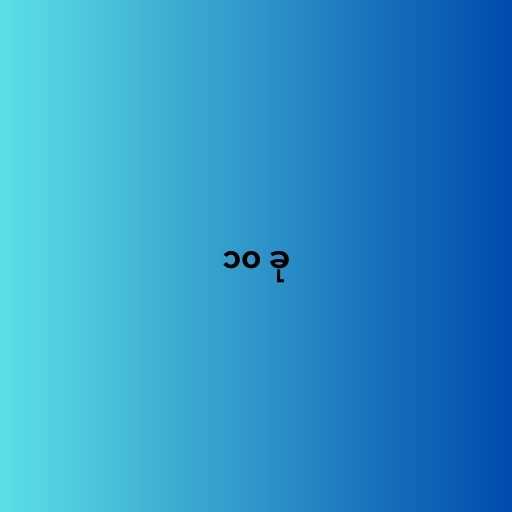
၁၀ ခု